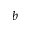
b